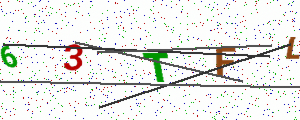
Text: 63TFL